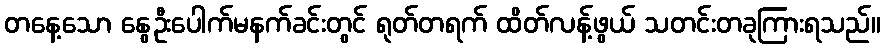
တနေ့သော နွေဦးပေါက်မနက်ခင်းတွင် ရုတ်တရက် ထိတ်လန့်ဖွယ် သတင်းတခုကြားရသည်။